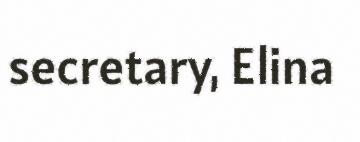
secretary, Elina